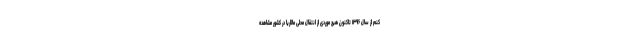
کنم از سال ۱۳۹۶ تاکنون هیچ موردی از انتقال محلی مالاریا در کشور مشاهده